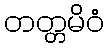
တတ္တမိဝံ